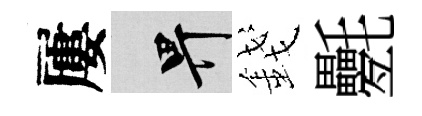
屢畀錢氎